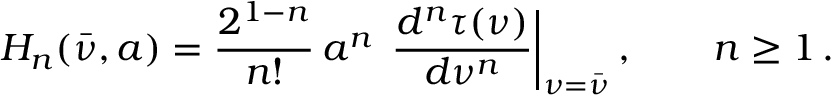
H _ { n } ( \bar { \nu } , a ) = \frac { 2 ^ { 1 - n } } { n ! } \, a ^ { n } \, \left. \frac { d ^ { n } \tau ( \nu ) } { d \nu ^ { n } } \right| _ { \nu = \bar { \nu } } , \quad \quad n \ge 1 \, .